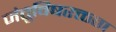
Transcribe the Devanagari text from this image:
जंतूविषरक्तता